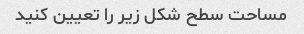
مساحت سطح شکل زیر را تعیین کنید